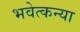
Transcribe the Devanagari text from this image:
भवेत्कन्या